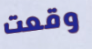
وقعت